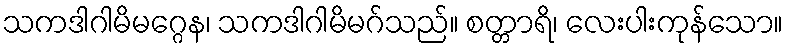
သကဒါဂါမိမဂ္ဂေန၊ သကဒါဂါမိမဂ်သည်။ စတ္တာရိ၊ လေးပါးကုန်သော။